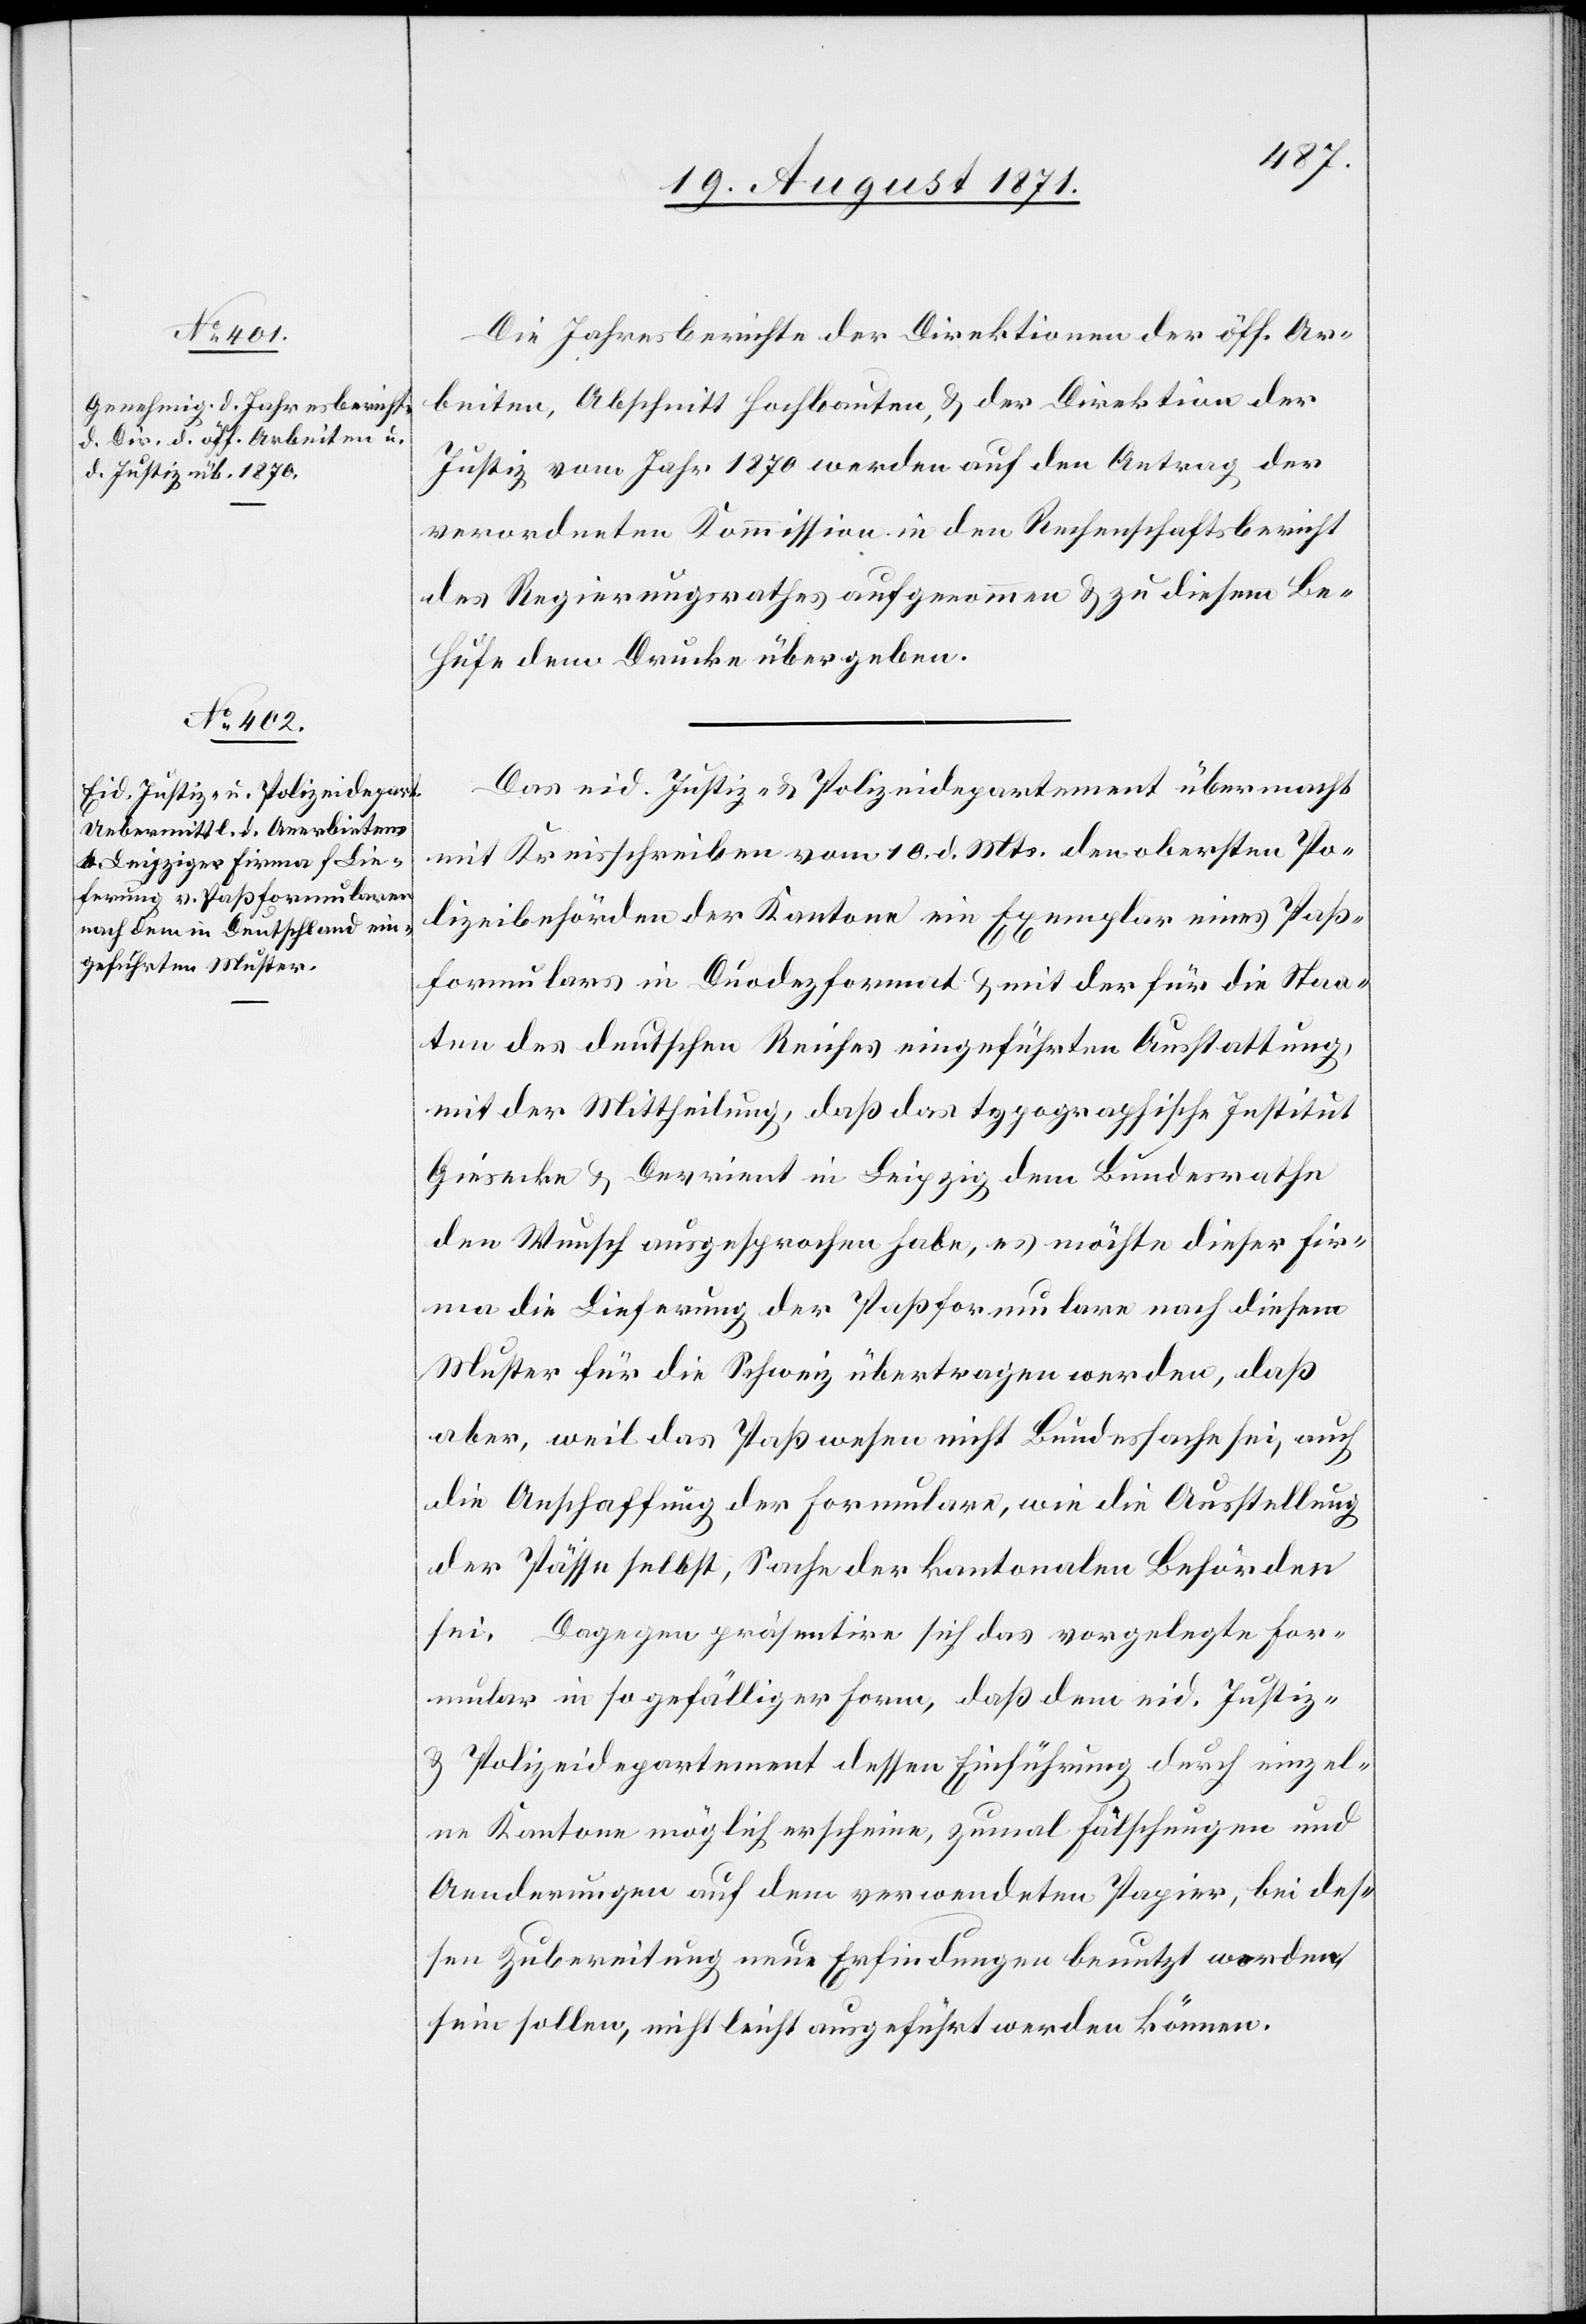
Die Jahresberichte der Direktionen der öff. Ar¬
beiten, Abschnitt Hochbauten, & der Direktion der
Justiz vom Jahr 1870 werden auf den Antrag der
verordneten Kommission in den Rechenschaftsbericht
des Regierungsrathes aufgenommen & zu diesem Be¬
hufe dem Drucke übergeben.
Das eid. Justiz- & Polizeidepartement übermacht
mit Kreisschreiben vom 10. d. Mts. den obersten Po¬
lizeibehörden der Kantone ein Exemplar eines Paß¬
formulars in Duodezformat & mit der für die Staa¬
ten des deutschen Reiches eingeführten Ausstattung,
mit der Mittheilung, daß das typographische Institut
Giesecke & Devrient in Leipzig dem Bundesrathe
den Wunsch ausgesprochen habe, es möchte dieser Fir¬
ma die Lieferung der Paßformulare nach diesem
Muster für die Schweiz übertragen werden, daß
aber, weil das Paßwesen nicht Bundessache sei, auch
die Anschaffung der Formulare, wie die Ausstellung
der Pässe selbst, Sache der kantonalen Behörden
sei. Dagegen präsentire sich das vorgelegte For¬
mular in so gefälliger Form, daß dem eid. Justiz-
& Polizeidepartement dessen Einführung durch einzel¬
ne Kantone möglich erscheine, zumal Fälschungen und
Aenderungen auf dem verwendeten Papier, bei des¬
sen Zubereitung neue Erfindungen benutzt werden
sein sollen, nicht leicht ausgeführt werden können.